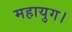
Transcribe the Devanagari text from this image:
महायुग।